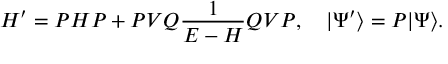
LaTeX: H ^ { \prime } = { \cal P } H { \cal P } + { \cal P } V { \cal Q } \frac { 1 } { E - H } { \cal Q } V { \cal P } , \quad | \Psi ^ { \prime } \rangle = { \cal P } | \Psi \rangle .